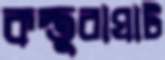
কস্তুরাঘাট